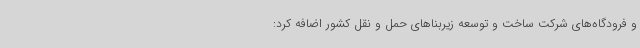
و فرودگاه‌های شرکت ساخت و توسعه زیربناهای حمل و نقل کشور اضافه کرد: